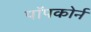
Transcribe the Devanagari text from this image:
पॉपकोर्न